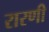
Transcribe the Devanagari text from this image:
रारणी